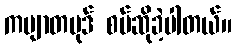
ကဗျာတပုဒ် စပ်ဆိုခဲ့ပါတယ်။